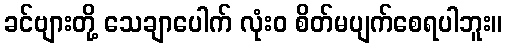
ခင်ဗျားတို့ သေချာပေါက် လုံးဝ စိတ်မပျက်စေရပါဘူး။